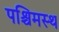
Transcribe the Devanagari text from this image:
पश्चिमस्थ